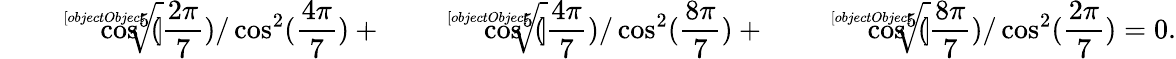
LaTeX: {\sqrt[[objectObject]]{\cos^{5}({\frac{2\pi}{7}})/\cos^{2}({\frac{4\pi}{7}})}}+{\sqrt[[objectObject]]{\cos^{5}({\frac{4\pi}{7}})/\cos^{2}({\frac{8\pi}{7}})}}+{\sqrt[[objectObject]]{\cos^{5}({\frac{8\pi}{7}})/\cos^{2}({\frac{2\pi}{7}})}}=0.